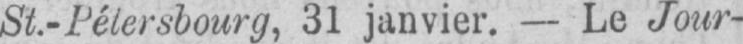
St.-Pétersbourg, 31 janvier. - Le Jour-